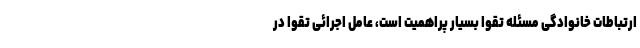
ارتباطات خانوادگی مسئله تقوا بسیار پراهمیت است، عامل اجرائی تقوا در